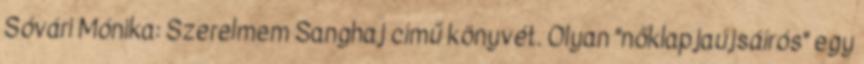
Sóvári Mónika: Szerelmem Sanghaj című könyvét. Olyan "nőklapjaújsáírós" egy